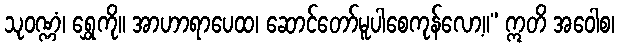
သုဝဏ္ဏံ၊ ရွှေကို။ အာဟာရာပေထ၊ ဆောင်တော်မူပါစေကုန်လော့။” ဣတိ အဝေါစ၊